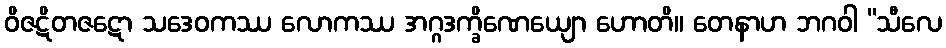
ဝိဇဋိတဇဋော သဒေဝကဿ လောကဿ အဂ္ဂဒက္ခိဏေယျော ဟောတိ။ တေနာဟ ဘဂဝါ “သီလေ